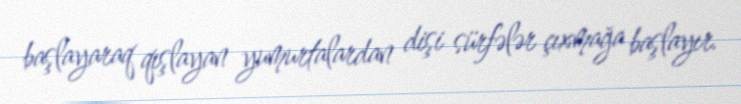
başlayaraq qışlayan yumurtalardan dişi sürfələr çıxmağa başlayır.